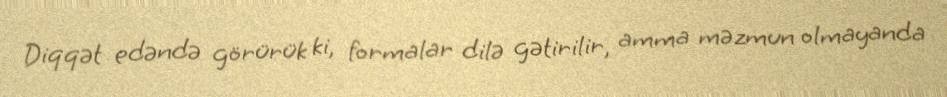
Diqqət edəndə görürük ki, formalar dilə gətirilir, amma məzmun olmayanda